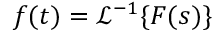
f ( t ) = { \mathcal { L } } ^ { - 1 } \{ F ( s ) \}